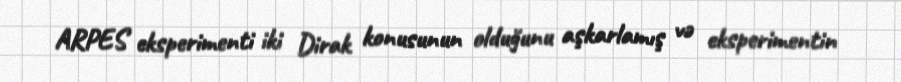
ARPES eksperimenti iki Dirak konusunun olduğunu aşkarlamış və eksperimentin